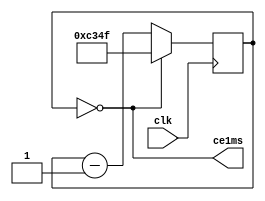
`timescale 1ns / 1ps
//////////////////////////////////////////////////////////////////////////////////
// Company: 
// Engineer: 
// 
// Design Name: 
// Module Name:    Gen1ms 
// Project Name: 
// Target Devices: 
// Tool versions: 
// Description: 
//
// Dependencies: 
//
// Revision: 
// Revision 0.01 - File Created
// Additional Comments: 
//
//////////////////////////////////////////////////////////////////////////////////
module Gen1ms(input clk, output wire ce1ms );
   
parameter Fclk  =50000000 ;	//   50 
parameter F1kHz =1000 ;	// 1 

reg[16:0]ct_ms = 0  ;	// 
assign ce1ms = (ct_ms==0) ;//1 
// 
always @(posedge clk) begin
ct_ms <= ce1ms? ((Fclk/F1kHz)-1) : ct_ms-1 ;// 
end
endmodule